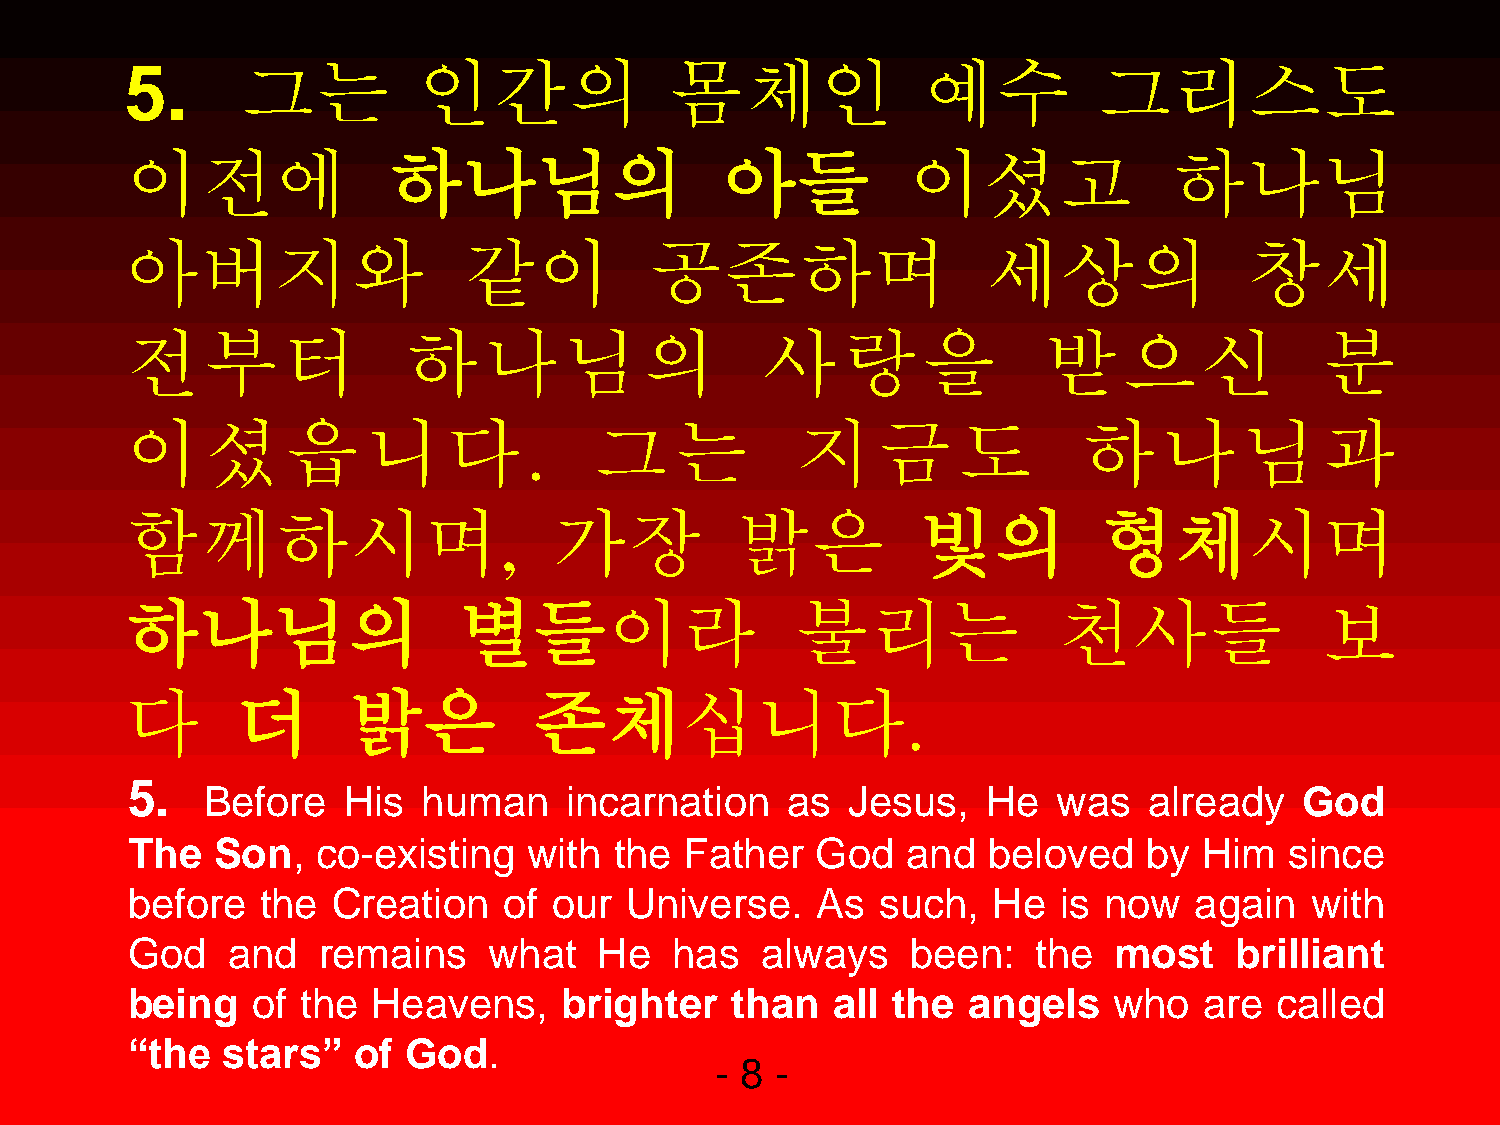
5.      그는          인간의             몸체인              예수          그리스도
 이전에               하나님의                  아들          이셨고               하나님
 아버지와                   같이          공존하며                  세상의               창세
 전부터                하나님의                    사랑을               받으신                분
 이셨읍니다.                         그는            지금도                하나님과
 함께하시며,                       가장          밝은          빛의          형체시며
 하나님의                  별들이라                   불리는              천사들               보
 다       더      밝은          존체십니다.
 5.
 Before    His  human    incarnation    as  Jesus,   He   was   already   God
 The   Son,   co-existing   with  the Father   God   and  beloved    by  Him  since
 before   the  Creation   of  our Universe.    As  such,   He  is now   again   with
 God    and   remains    what    He  has   always    been:    the  most    brilliant
 being    of the  Heavens,    brighter   than   all the  angels    who   are called
 “the   stars”  of  God.
 - 8 -